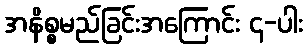
အနိစ္စမည်ခြင်းအကြောင်း ၄-ပါး